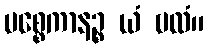
ပစ္စေကာနဉ္စ ယံ ဗလံ။